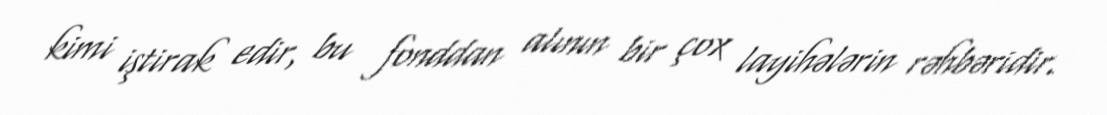
kimi iştirak edir, bu fonddan alının bir çox layihələrin rəhbəridir.